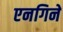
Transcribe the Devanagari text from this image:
एनगिने